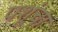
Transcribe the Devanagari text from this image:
पशूंचा